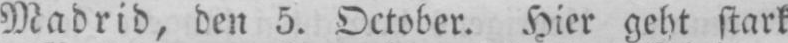
Madrid, den 5. October. Hier geht stark